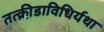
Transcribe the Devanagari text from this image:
तत्क्रीडाविधिर्यथा